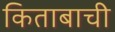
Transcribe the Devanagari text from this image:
किताबाची